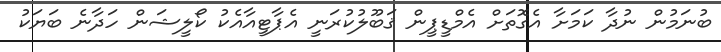
ބުނަމުން ނުދާ ކަމަށާ އެގޮތަށް އެމްޑީޕީން ޤަބޫލުކުރަނީ އެޕާޓީއާއެކު ކޯލީޝަން ހަދާނެ ބަޔަކު